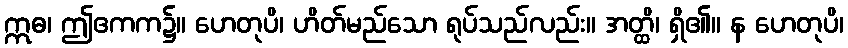
ဣဓ၊ ဤဧကက၌။ ဟေတုပိ၊ ဟိတ်မည်သော ရုပ်သည်လည်း။ အတ္ထိ၊ ရှိ၏။ န ဟေတုပိ၊